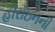
હીરોઇનની